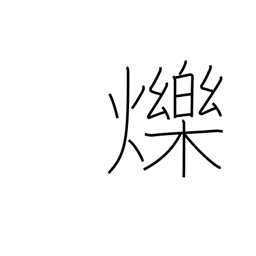
Meaning: shine